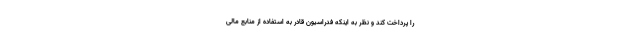
را پرداخت کند و نظر به اینکه فدراسیون قادر به استفاده از منابع مالی